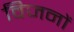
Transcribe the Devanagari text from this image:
विजनों